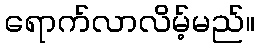
ရောက်လာလိမ့်မည်။